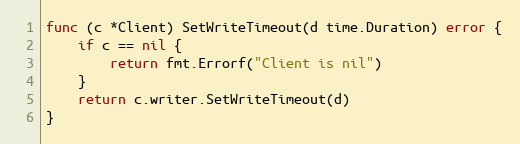
Language: Go
func (c *Client) SetWriteTimeout(d time.Duration) error {
	if c == nil {
		return fmt.Errorf("Client is nil")
	}
	return c.writer.SetWriteTimeout(d)
}